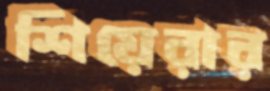
শিয়েরার